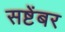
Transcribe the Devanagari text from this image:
सष्टेंबर